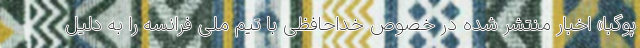
پوگبا» اخبار منتشر شده در خصوص خداحافظی با تیم ملی فرانسه را به دلیل